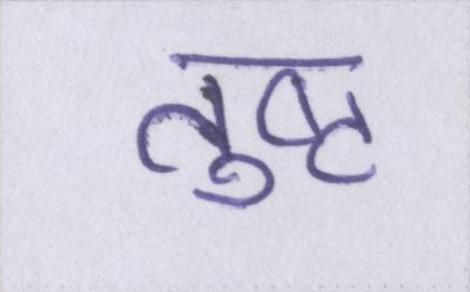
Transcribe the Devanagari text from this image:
तुष्ट